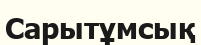
Сарытұмсық